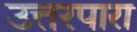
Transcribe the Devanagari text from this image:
उत्तरपारा